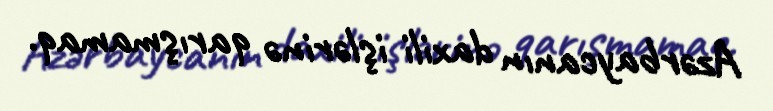
Azərbaycanın daxili işlərinə qarışmamaq.